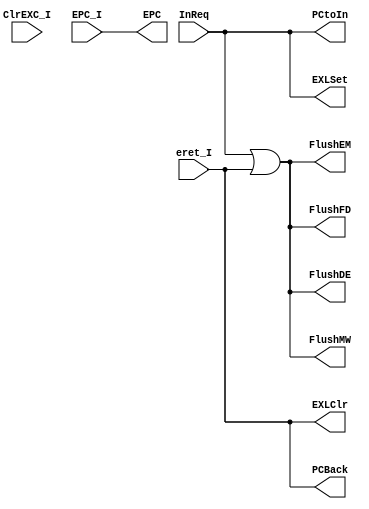
`timescale 1ns / 1ps
module Exctrl(
    input InReq,
	 input eret_I,
	 input [31:0] EPC_I,
	 input ClrEXC_I,
    output FlushFD,
    output FlushDE,
    output FlushEM,
    output FlushMW,
	 output [31:0] EPC,
	 output EXLClr,
	 output EXLSet,
	 output PCtoIn,
	 output PCBack
    );
	 
	 assign FlushFD = InReq|eret_I;
	 assign FlushDE = InReq|eret_I;
	 assign FlushEM = InReq|eret_I;
	 assign FlushMW = InReq|eret_I;
	 assign PCtoIn =  InReq;
	 assign PCBack = eret_I;
	 assign EPC = EPC_I;
	 assign EXLClr = eret_I;
	 assign EXLSet = InReq;
	 
endmodule